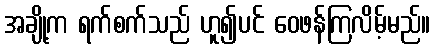
အချို့က ရက်စက်သည် ဟူ၍ပင် ဝေဖန်ကြလိမ့်မည်။